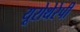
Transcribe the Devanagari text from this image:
यूरोथेरेपी